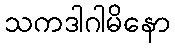
သကဒါဂါမိနော